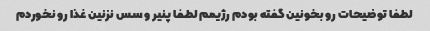
لطفا توضیحات رو بخونین گفته بودم رژیمم لطفا پنیر و سس نزنین غذا رو نخوردم